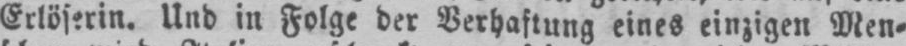
Erlöserin. Und in Folge der Verhaftung eines einzigen Men⸗